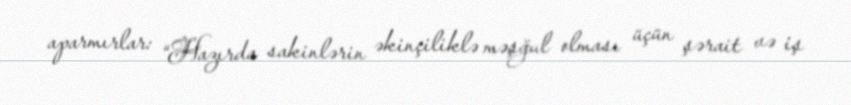
aparmırlar: “Hazırda sakinlərin əkinçiliklə məşğul olması üçün şərait və iş